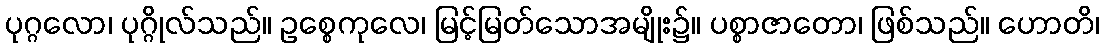
ပုဂ္ဂလော၊ ပုဂ္ဂိုလ်သည်။ ဥစ္စေကုလေ၊ မြင့်မြတ်သောအမျိုး၌။ ပစ္စာဇာတော၊ ဖြစ်သည်။ ဟောတိ၊